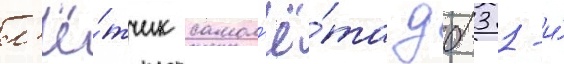
л'ё́тчик самол'ё́та дб-3 1-и́